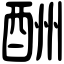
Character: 酬